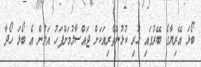
ބޯޅަ އޭރިޔާގެ ބޭރުގައި ހުރި ކުޅުންތެރިއަކަށް ޖައްސާލުމަށްފަހު އަލުން އެ ބޯޅަ ހޯދާ